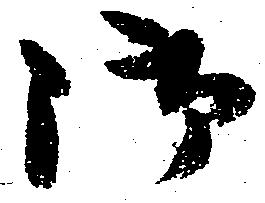
御